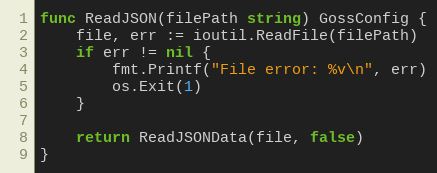
Language: Go
func ReadJSON(filePath string) GossConfig {
	file, err := ioutil.ReadFile(filePath)
	if err != nil {
		fmt.Printf("File error: %v\n", err)
		os.Exit(1)
	}

	return ReadJSONData(file, false)
}